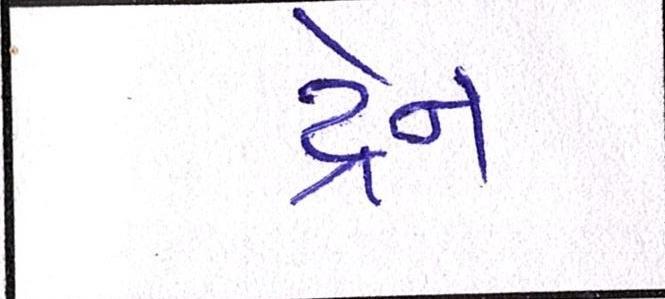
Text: ડ્રેન